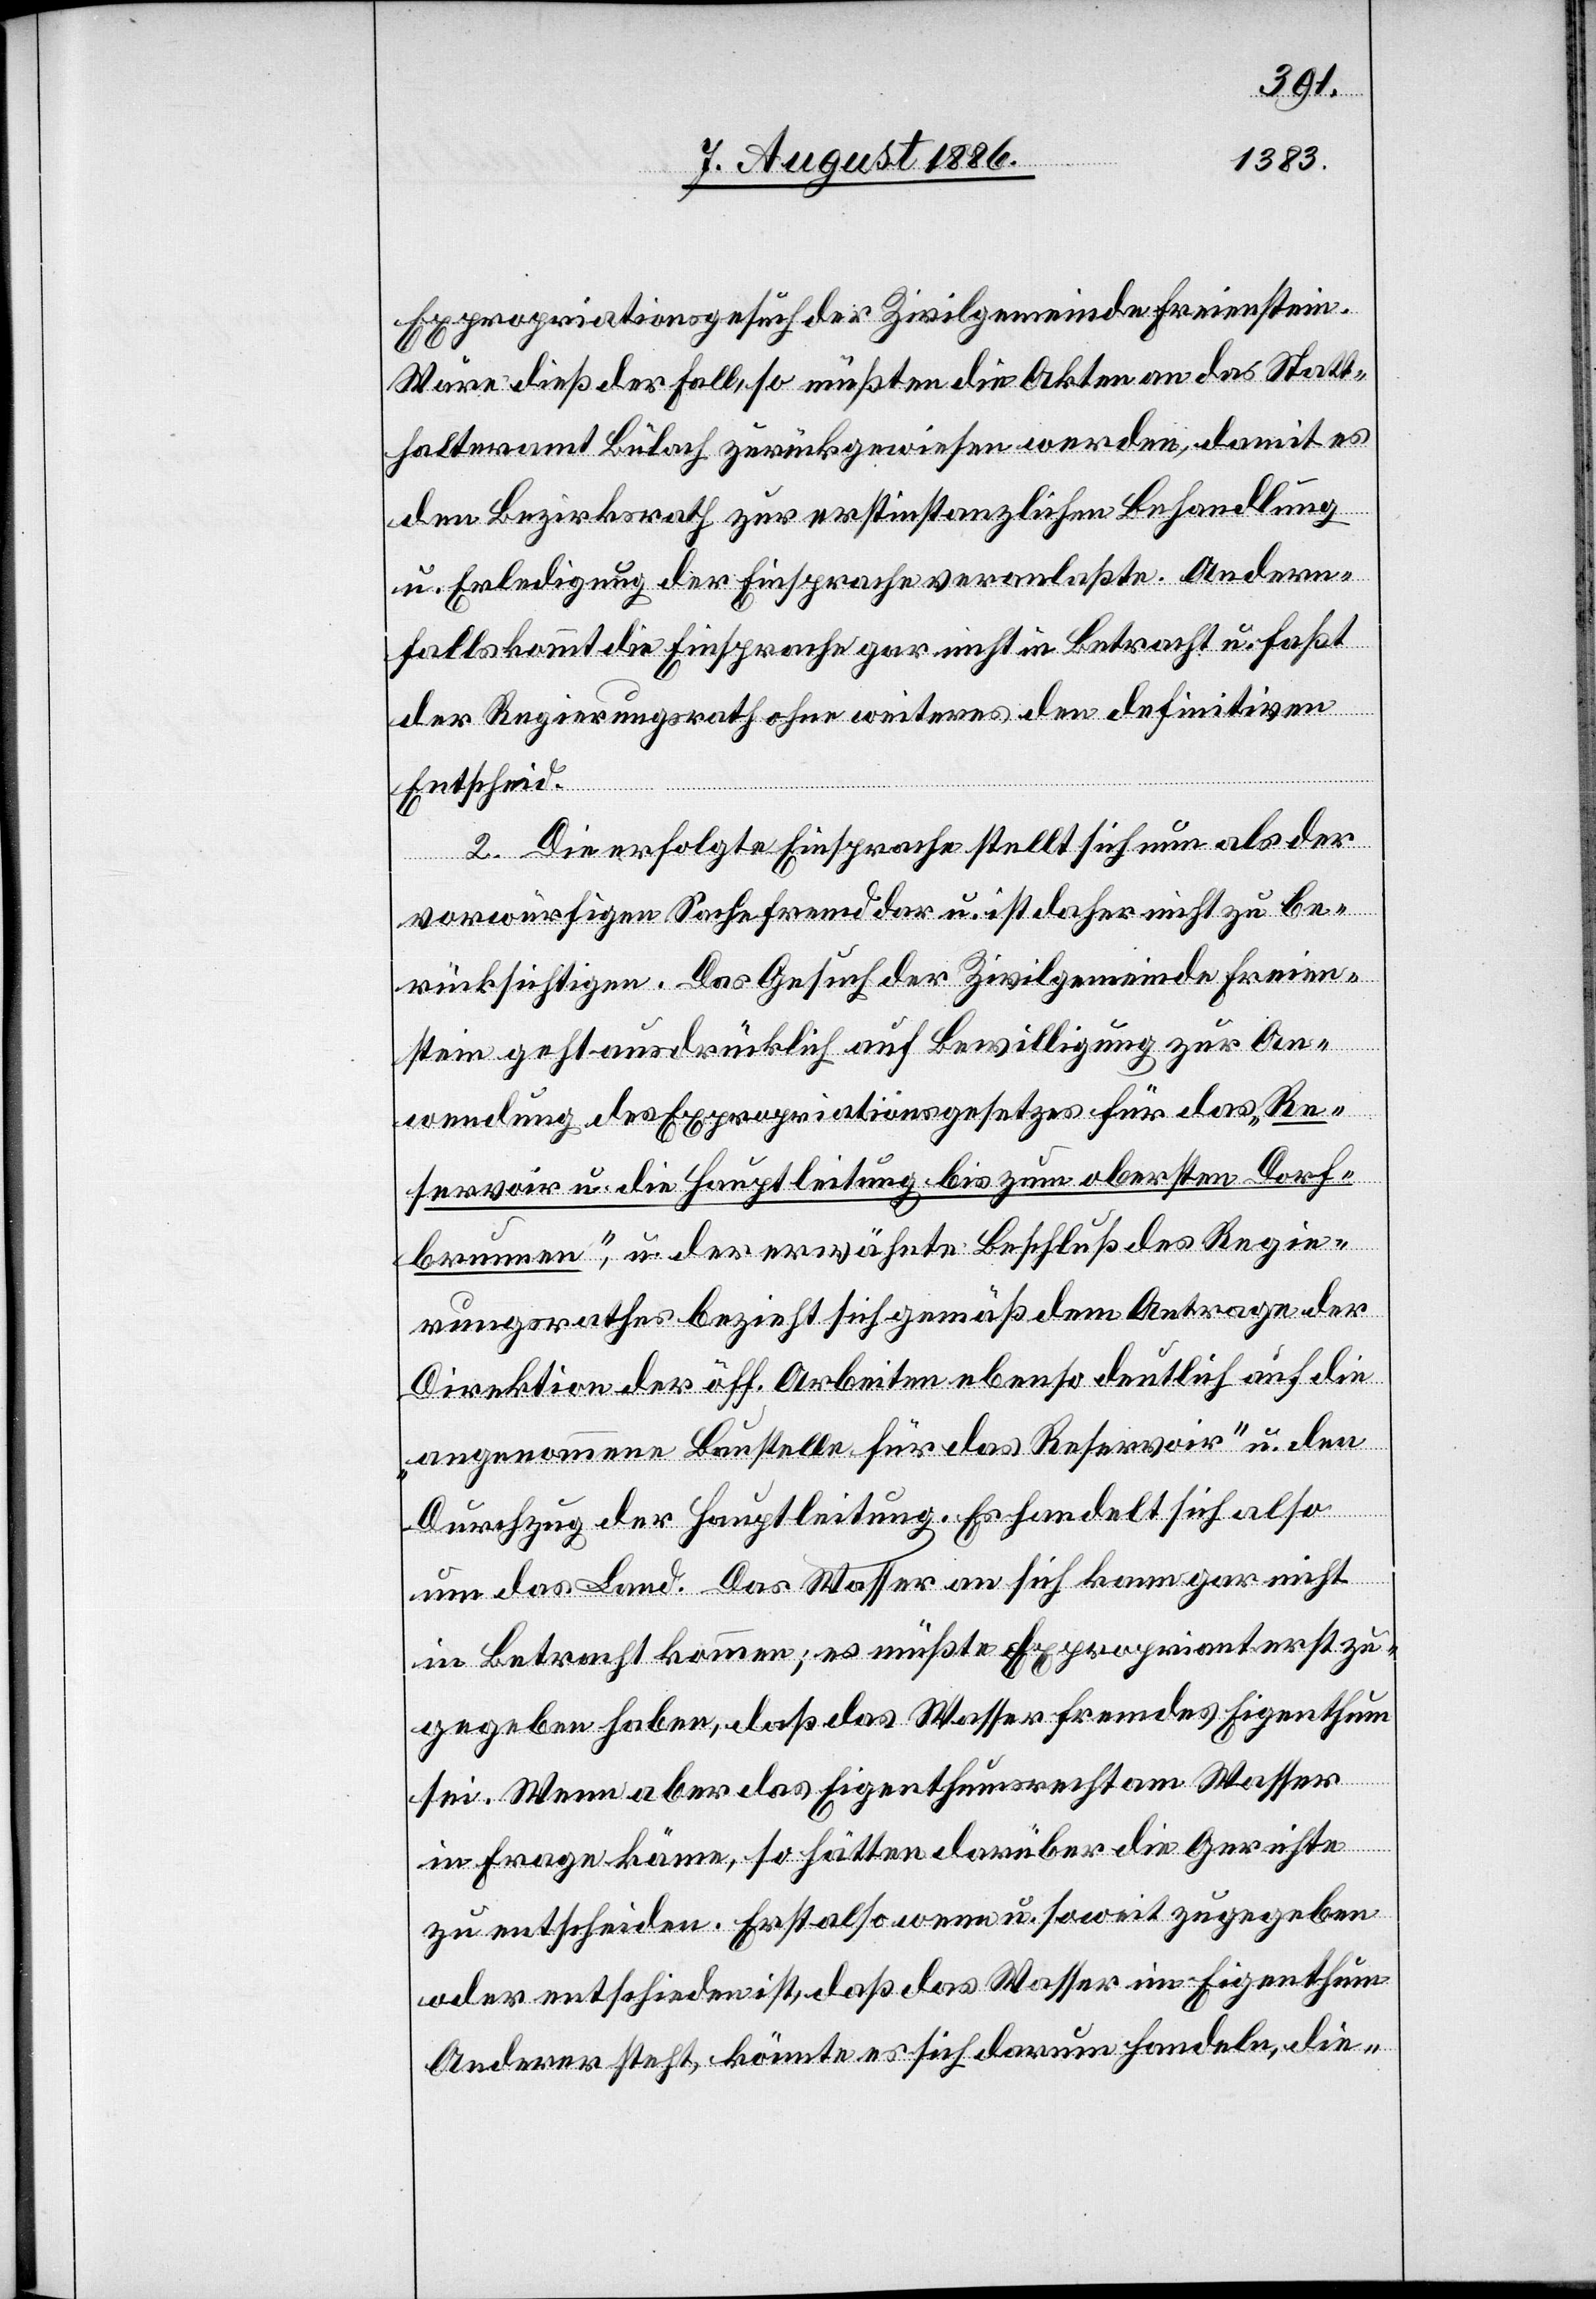
Expropriationsgesuch der Zivilgemeinde Freienstein.
Wäre dieß der Fall, so müßten die Akten an das Statt¬
halteramt Bülach zurückgewiesen werden, damit es
den Bezirksrath zur erstinstanzlichen Behandlung
u. Erledigung der Einsprache veranlaßte. Andern¬
falls kommt die Einsprache gar nicht in Betracht u. faßt
der Regierungsrath ohne weiteres den definitiven
Entscheid.
2. Die erfolgte Einsprache stellt sich nun als der
vorwürfigen Sache fremd dar u. ist daher nicht zu be¬
rücksichtigen. Das Gesuch der Zivilgemeinde Freien¬
stein geht ausdrücklich auf Bewilligung zur An¬
wendung des Expropriationsgesetzes für das „Re¬
servoir u. die Hauptleitung bis zum obersten Dorf¬
brunnen“, u. der erwähnte Beschluß des Regie¬
rungsrathes bezieht sich gemäß dem Antrage der
Direktion der öff. Arbeiten deutlich auf die
„angenommene Baustelle für das Reservoir“ u. den
Durchzug der Hauptleitung. Es handelt sich also
um das Land. Das Wasser an sich kann gar nicht
in Betracht kommen; es müßte Expropriant erst zu¬
gegeben haben, daß das Wasser fremdes Eigenthum
sei. Wenn aber das Eigenthumsrecht am Wasser
in Frage käme, so hätten darüber die Gerichte
zu entscheiden. Erst also wenn u. soweit zugegeben
oder entschieden ist, daß das Wasser im Eigenthum
Anderer steht, könnte es sich darum handeln, die-